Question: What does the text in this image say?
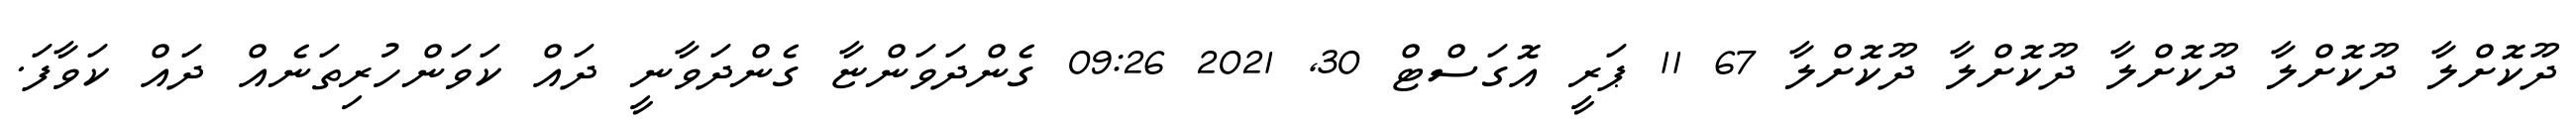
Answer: ދޫކޮށްލާ ދޫކޮށްލާ ދޫކޮށްލާ ދޫކޮށްލާ ދޫކޮށްލާ 67 11 ޕަރީ އޮގަސްޓް 30, 2021 09:26 ގެންދަވަންޏާ ގެންދަވާނީ ދައް ކަވަންހުރިތަނެއް ދައް ކަވާފަ.